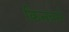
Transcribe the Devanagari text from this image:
किनबर्न